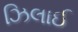
ઝિલાઈ